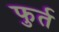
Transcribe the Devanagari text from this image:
फुर्त